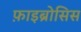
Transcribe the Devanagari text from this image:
फ़ाइब्रोसिस